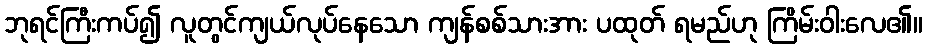
ဘုရင်ကြီးကပ်၍ လူတွင်ကျယ်လုပ်နေသော ကျန်စစ်သားအား ပထုတ် ရမည်ဟု ကြိမ်းဝါးလေ၏။